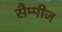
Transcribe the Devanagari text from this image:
सैम्पीज